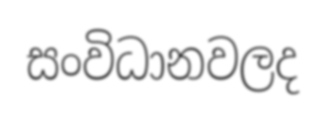
සංවිධානවලද